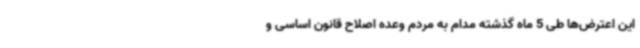
این اعترض‌ها طی 5 ماه گذشته مدام به مردم وعده اصلاح قانون اساسی و